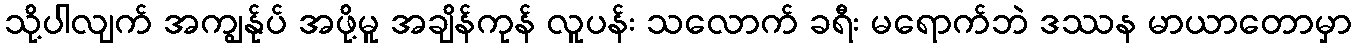
သို့ပါလျက် အကျွန်ုပ် အဖို့မူ အချိန်ကုန် လူပန်း သလောက် ခရီး မရောက်ဘဲ ဒဿန မာယာတောမှာ